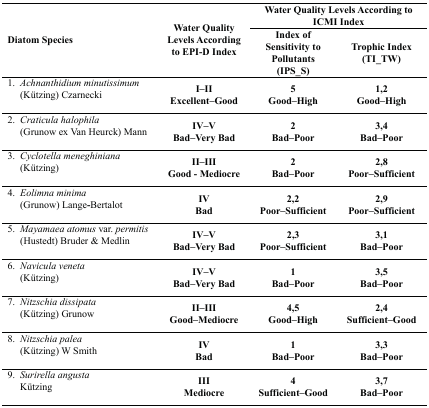
<table><thead><tr><td rowspan="2"><b>Diatom Species</b></td><td rowspan="2"><b>Water Quality Levels According to EPI-D Index</b></td><td colspan="2"><b>Water Quality Levels According to ICMI Index</b></td></tr><tr><td><b>Index of Sensitivity to Pollutants (IPS_S)</b></td><td><b>Trophic Index (TI_TW)</b></td></tr></thead><tbody><tr><td>1. <i>Achnanthidium minutissimum</i>(Kützing) Czarnecki</td><td><b>I–II</b><b>Excellent–Good</b></td><td><b>5</b><b>Good–High</b></td><td><b>1,2</b><b>Good–High</b></td></tr><tr><td>2. <i>Craticula halophila</i> (Grunow ex Van Heurck) Mann</td><td><b>IV–V</b><b>Bad–Very Bad</b></td><td><b>2</b><b>Bad–Poor</b></td><td><b>3,4</b><b>Bad–Poor</b></td></tr><tr><td>3. <i>Cyclotella meneghiniana</i> (Kützing)</td><td><b>II–III</b><b>Good - Mediocre</b></td><td><b>2</b><b>Bad–Poor</b></td><td><b>2,8</b><b>Poor–Sufficient</b></td></tr><tr><td>4. <i>Eolimna minima</i> (Grunow) Lange-Bertalot </td><td><b>IV</b><b>Bad</b></td><td><b>2,2</b><b>Poor–Sufficient</b></td><td><b>2,9</b><b>Poor–Sufficient</b></td></tr><tr><td>5. <i>Mayamaea atomus</i> var. <i>permitis</i> (Hustedt) Bruder &amp; Medlin </td><td><b>IV–V</b><b>Bad–Very Bad</b></td><td><b>2,3</b><b>Poor–Sufficient</b></td><td><b>3,1</b><b>Bad–Poor</b></td></tr><tr><td>6. <i>Navicula veneta</i> (Kützing) </td><td><b>IV–V</b><b>Bad–Very Bad</b></td><td><b>1</b><b>Bad–Poor</b></td><td><b>3,5</b><b>Bad–Poor</b></td></tr><tr><td>7. <i>Nitzschia dissipata</i> (Kützing) Grunow</td><td><b>II–III</b><b>Good–Mediocre</b></td><td><b>4,5</b><b>Good–High</b></td><td><b>2,4</b><b>Sufficient–Good</b></td></tr><tr><td>8. <i>Nitzschia palea</i> (Kützing) W Smith </td><td><b>IV</b><b>Bad</b></td><td><b>1</b><b>Bad–Poor</b></td><td><b>3,3</b><b>Bad–Poor</b></td></tr><tr><td>9. <i>Surirella angusta</i> Kützing </td><td><b>III</b><b>Mediocre</b></td><td><b>4</b><b>Sufficient–Good</b></td><td><b>3,7</b><b>Bad–Poor</b></td></tr></tbody></table>